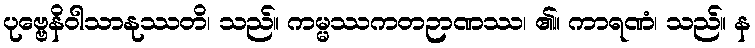
ပုဗ္ဗေနိဝါသာနုဿတိ၊ သည်။ ကမ္မဿကတဉာဏဿ၊ ၏။ ကာရဏံ၊ သည်။ န